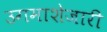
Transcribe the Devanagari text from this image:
उगमाशेजारी